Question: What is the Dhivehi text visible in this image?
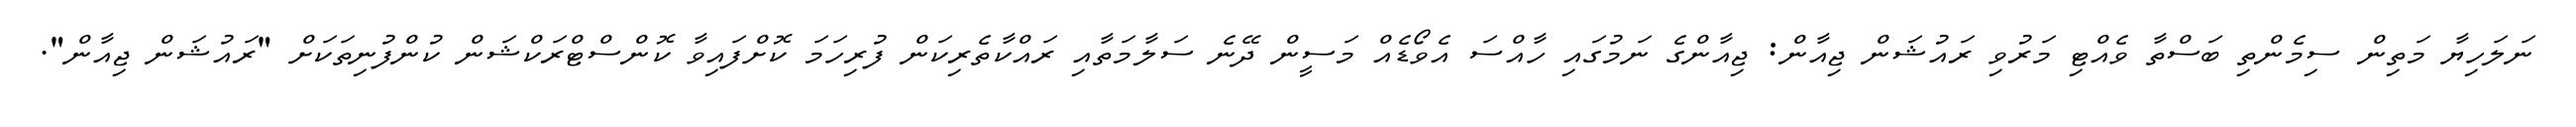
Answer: ނަލަހިޔާ މަތިން ސިމެންތި ބަސްތާ ވެއްޓި މަރުވި ރައުޝަން ޖިއާން: ޖިއާންގެ ނަމުގައި ހާއްސަ އެވޯޑެއް މަސީން ދޭނެ ސަލާމަތާއި ރައްކާތެރިކަން ފުރިހަމަ ކޮށްފައިވާ ކޮންސްޓްރަކްޝަން ކުންފުނިތަކަށް "ރައުޝަން ޖިއާން".